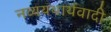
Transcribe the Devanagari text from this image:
नव्ययथार्थवादी